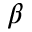
\beta